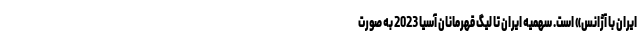
ایران با آژانس» است. سهمیه ایران تا لیگ قهرمانان آسیا 2023 به صورت